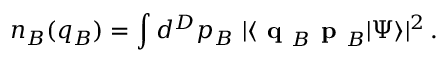
n _ { B } ( q _ { B } ) = \int d ^ { D } p _ { B } \ | \langle \textbf { q } _ { B } \textbf { p } _ { B } | \Psi \rangle | ^ { 2 } \, .